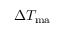
\Delta T _ { \mathrm { m a } }